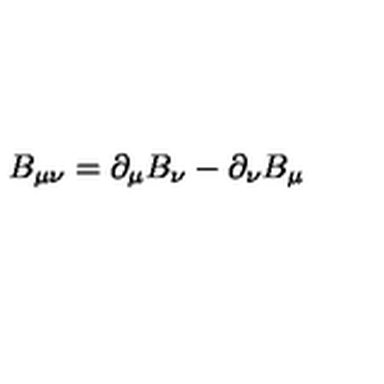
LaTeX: B _ { \mu \nu } = \partial _ { \mu } B _ { \nu } - \partial _ { \nu } B _ { \mu }